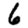
Digit: 6